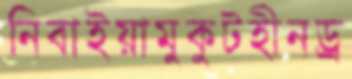
নিবাইয়ামুকুটহীনড্র